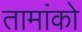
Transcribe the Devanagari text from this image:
तामांको